画像に写った文字を読んでください
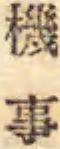
「機事」と書いてあります